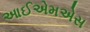
આઈએમએસ